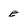
Character: e